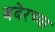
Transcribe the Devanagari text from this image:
बदेरच्या